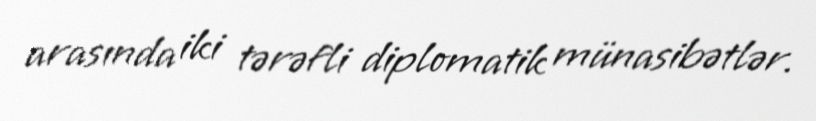
arasında iki tərəfli diplomatik münasibətlər.